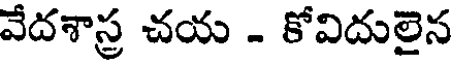
వేదశాస్త్ర చయ . కోవిదులైన